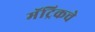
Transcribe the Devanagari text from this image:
मॅट्रिकचे